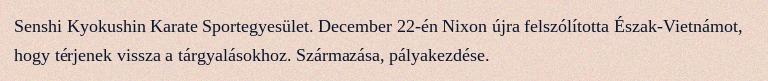
Senshi Kyokushin Karate Sportegyesület. December 22-én Nixon újra felszólította Észak-Vietnámot, hogy térjenek vissza a tárgyalásokhoz. Származása, pályakezdése.